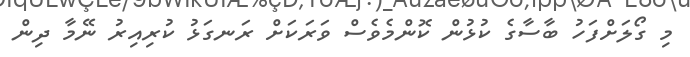
މި ގޯލަށްފަހު ބާސާގެ ކުޅުން ކޮންމެވެސް ވަރަކަށް ރަނގަޅު ކުރިއިރު ނޭމާ ދިން